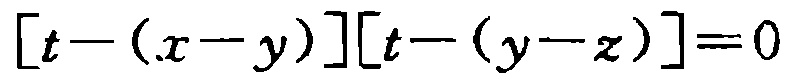
\[ [t-(x - y)][t-(y - z)] = 0 \]